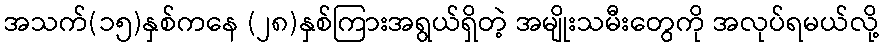
အသက်(၁၅)နှစ်ကနေ (၂၈)နှစ်ကြားအရွယ်ရှိတဲ့ အမျိုးသမီးတွေကို အလုပ်ရမယ်လို့